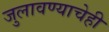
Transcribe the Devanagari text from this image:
जुलावण्याचेही